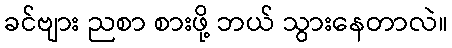
ခင်ဗျား ညစာ စားဖို့ ဘယ် သွားနေတာလဲ။